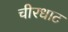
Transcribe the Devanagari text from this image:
चीरधाट